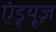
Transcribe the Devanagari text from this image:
एंड्र्यूज़